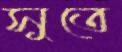
সুতে